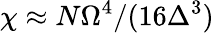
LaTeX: {\chi\approx N\Omega^{4}/(16\Delta^{3})}